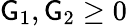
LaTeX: \mathsf{G}_{1},\mathsf{G}_{2}\geq 0